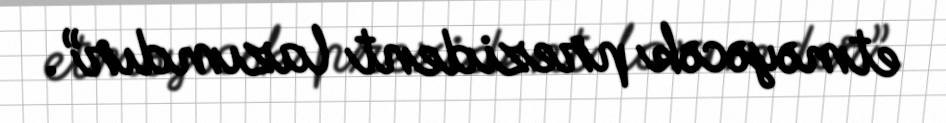
etməyəcək prezident lazımdır”.